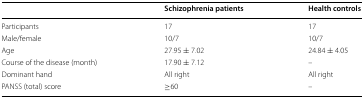
<table><thead><tr><td></td><td><b>Schizophrenia patients</b></td><td><b>Health controls</b></td></tr></thead><tbody><tr><td>Participants</td><td>17</td><td>17</td></tr><tr><td>Male/female</td><td>10/7</td><td>10/7</td></tr><tr><td>Age</td><td>27.95 ± 7.02</td><td>24.84 ± 4.05</td></tr><tr><td>Course of the disease (month)</td><td>17.90 ± 7.12</td><td>–</td></tr><tr><td>Dominant hand</td><td>All right</td><td>All right</td></tr><tr><td>PANSS (total) score</td><td>≥60</td><td>–</td></tr></tbody></table>